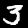
Digit: 3